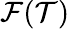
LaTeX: \mathcal{F}(\mathcal{T})